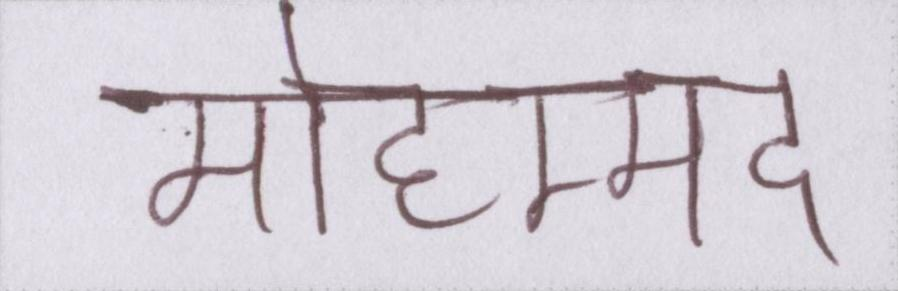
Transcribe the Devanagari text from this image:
मोहम्मद